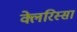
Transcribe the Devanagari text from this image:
क्लेरिस्सा